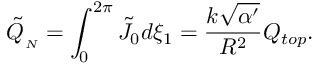
\tilde { Q } _ { _ { N } } = \int _ { 0 } ^ { 2 \pi } \tilde { J } _ { 0 } d \xi _ { 1 } = \frac { k \sqrt { \alpha ^ { \prime } } } { R ^ { 2 } } Q _ { t o p } .